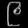
Digit: ၉